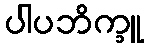
ပါပဘိက္ခူ